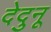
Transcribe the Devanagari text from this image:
देदुनू